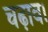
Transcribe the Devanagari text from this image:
चढ़ाव।